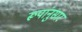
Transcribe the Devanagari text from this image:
रूपांनुसार